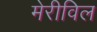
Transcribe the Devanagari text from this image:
मेरीविल